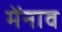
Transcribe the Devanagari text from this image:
मेंनाव